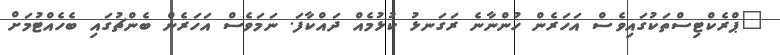
"ޕްރެކްޓިސްތަކުގައިވެސް އަހަރެން ހުންނާނެ ރަގަނޅު ކުޅުމެއް ދައްކާފަ. ނަމަވެސް އަހަރެން ބެންޗުގައި ބެހެއްޓުމަށް